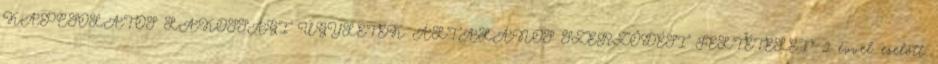
KAPCSOLATOS LAKOSSÁGI ÜGYLETEK ÁLTALÁNOS SZERZŐDÉSI FELTÉTELEI" 2 évvel ezelőtt